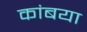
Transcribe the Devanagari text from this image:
कांबया